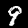
Label: 9